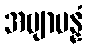
အဗျာပန္နံ